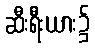
ဆီးရီးယား၌